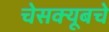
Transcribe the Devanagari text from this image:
चेसक्यूबचे